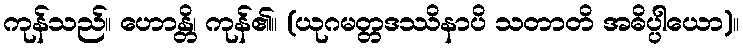
ကုန်သည်။ ဟောန္တိ၊ ကုန်၏။ (ယုဂမတ္တဒဿိနာပိ သတာတိ အဓိပ္ပါယော)။